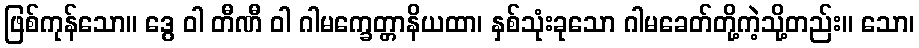
ဖြစ်ကုန်သော။ ဒွေ ဝါ တီဏီ ဝါ ဂါမက္ခေတ္တာနိယထာ၊ နှစ်သုံးခုသော ဂါမခေတ်တို့ကဲ့သို့တည်း။ သော၊